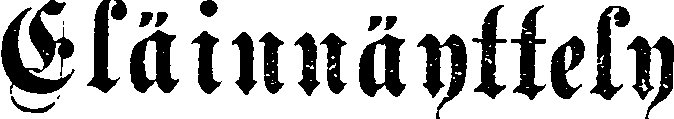
Eläinnäyttely